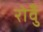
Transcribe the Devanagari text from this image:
रोवुँ